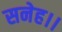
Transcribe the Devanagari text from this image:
सनेह।।